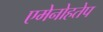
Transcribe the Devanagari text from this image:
एमेनोहतेप